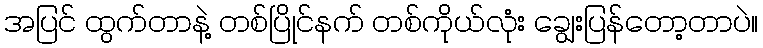
အပြင် ထွက်တာနဲ့ တစ်ပြိုင်နက် တစ်ကိုယ်လုံး ချွေးပြန်တော့တာပဲ။